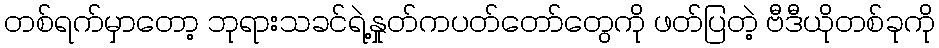
တစ်ရက်မှာတော့ ဘုရားသခင်ရဲ့နှုတ်ကပတ်တော်တွေကို ဖတ်ပြတဲ့ ဗီဒီယိုတစ်ခုကို